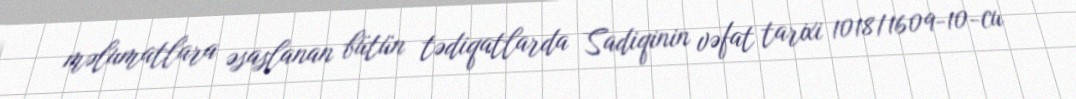
məlumatlara əsaslanan bütün tədiqatlarda Sadiqinin vəfat tarixi 1018/1609-10-cu